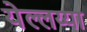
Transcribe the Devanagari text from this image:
येल्लय्या